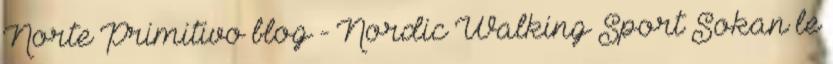
Norte Primitivo blog - Nordic Walking Sport Sokan le